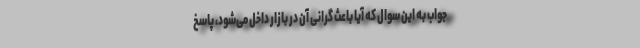
جواب به این سوال که آیا باعث گرانی آن در بازار داخل می‌شود، پاسخ